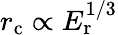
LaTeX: r_{\mathrm{c}}\propto E_{\mathrm{r}}^{1/3}